Vabadussoja_Ajaloo_Komitee, lk 22
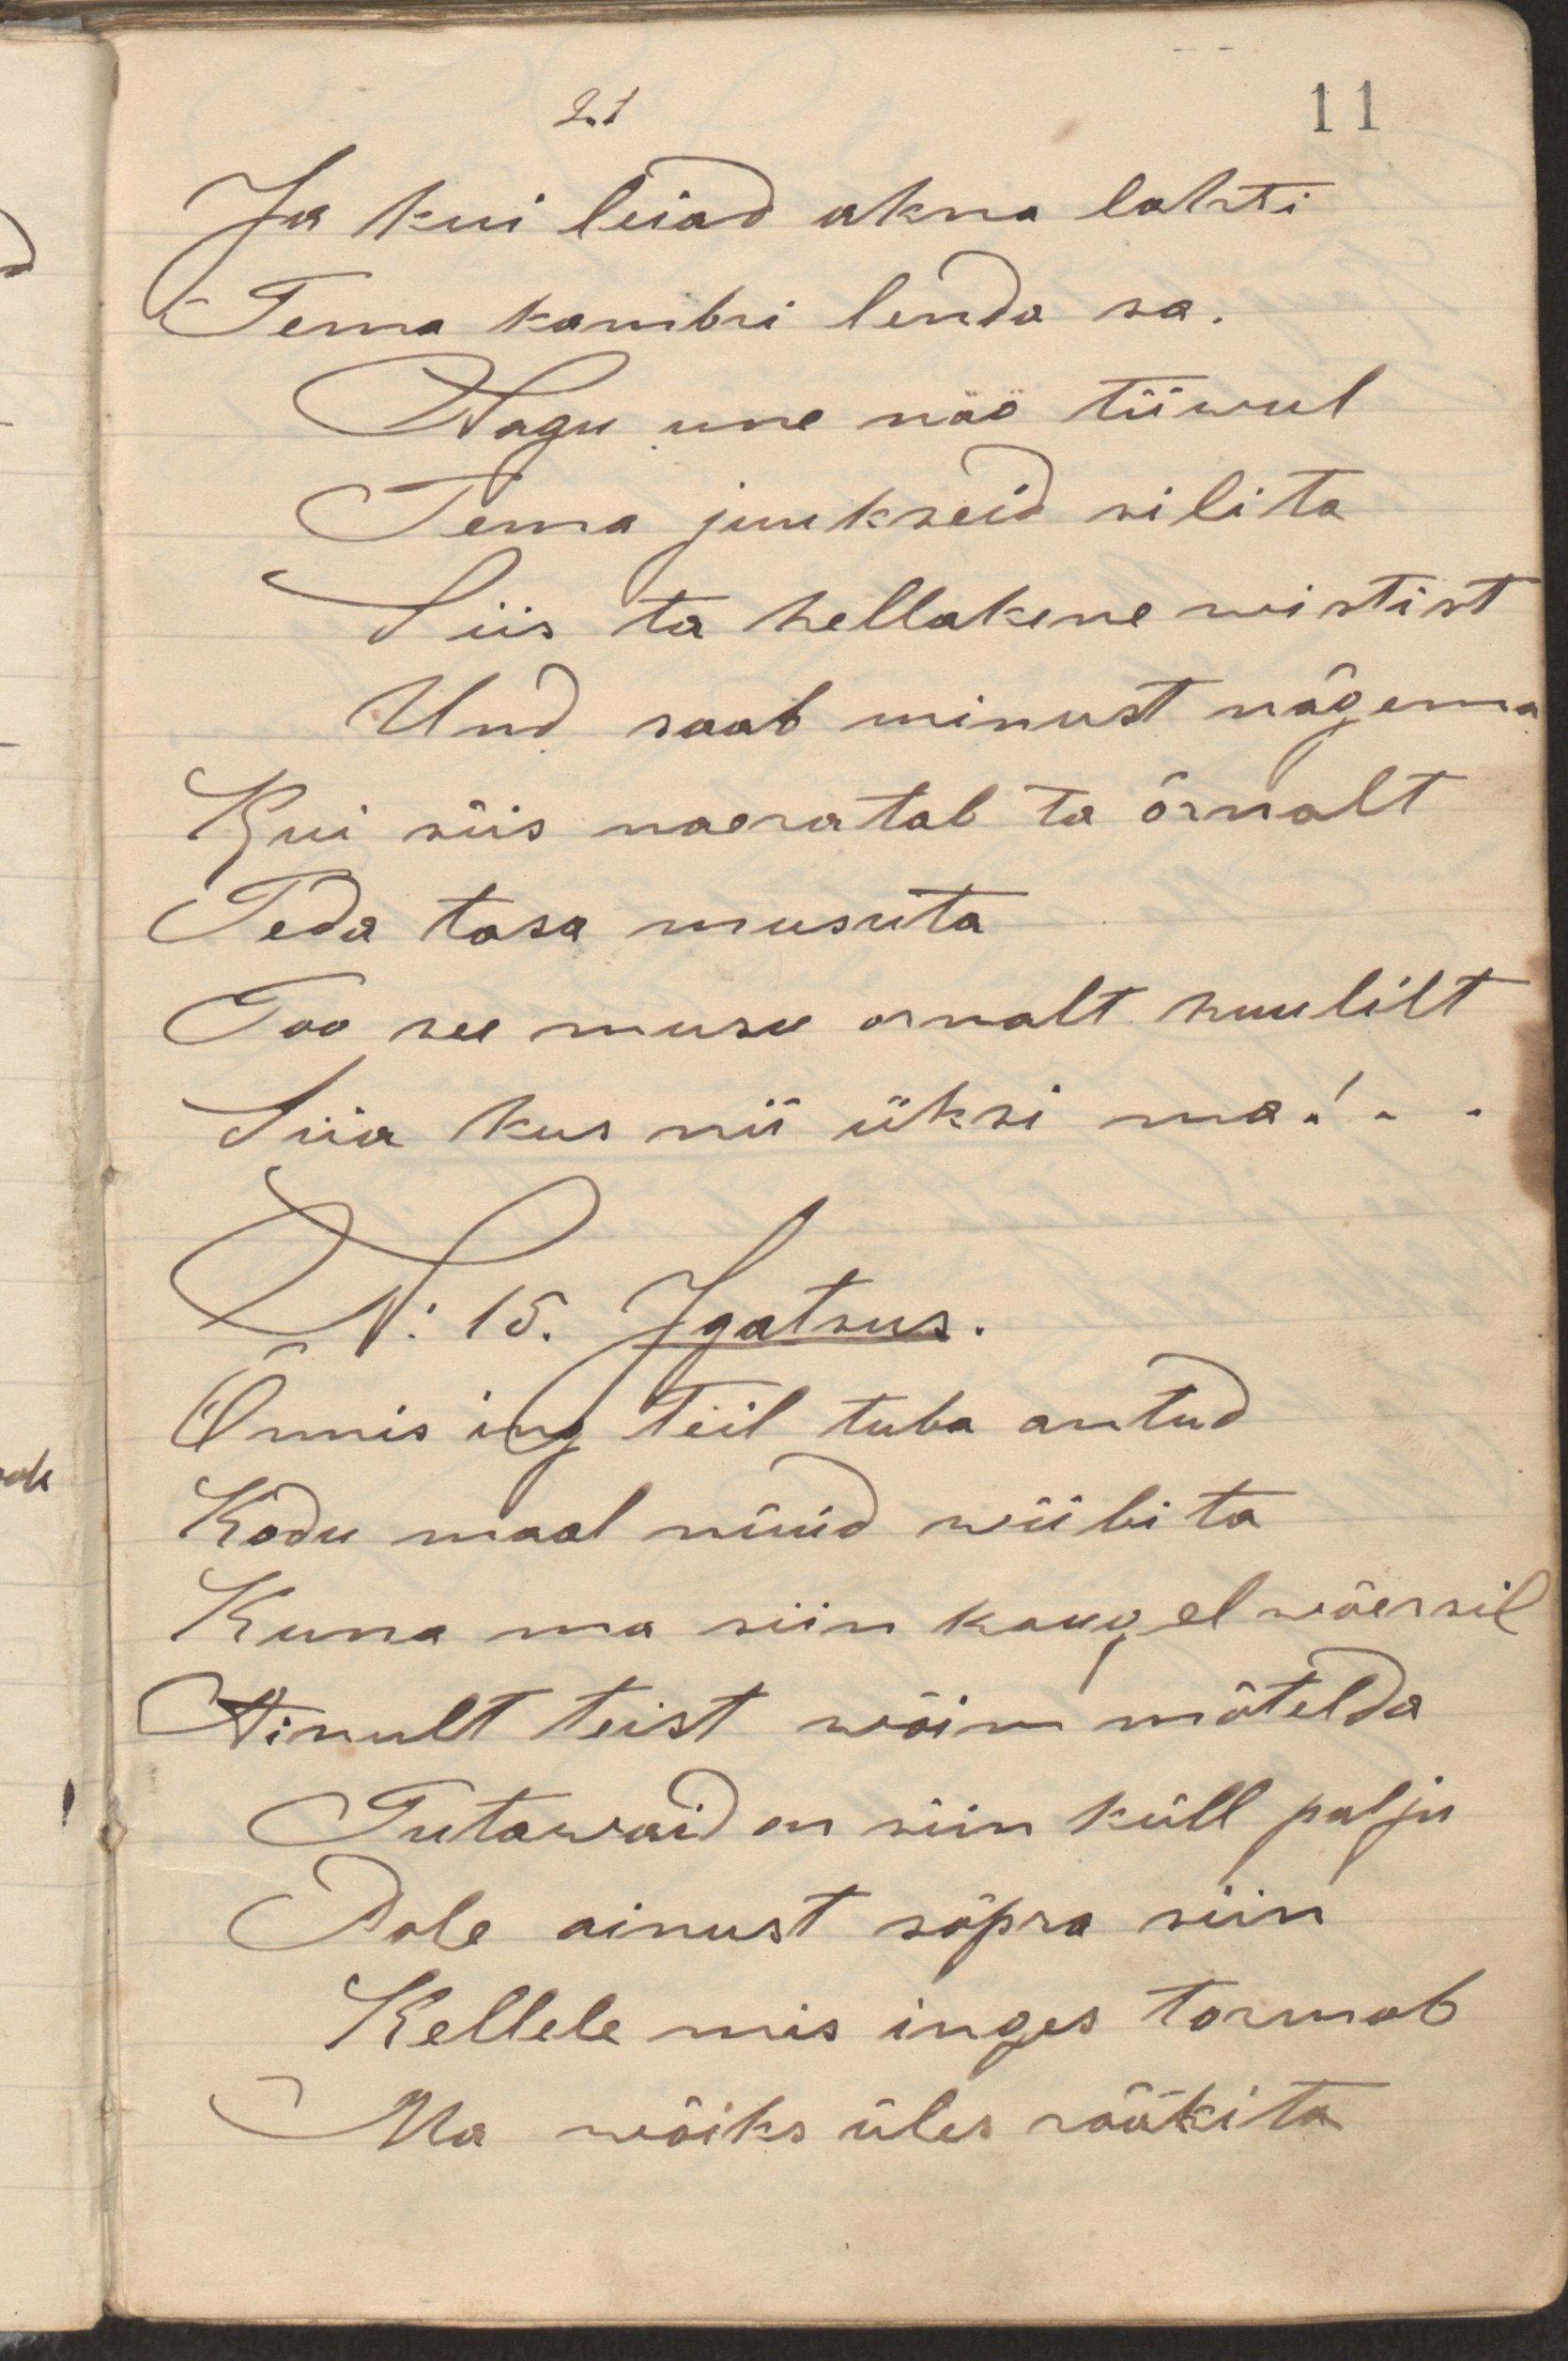
Ja kui leiad akna lahti
Tema kambri lenda sa.
Nagu une näo tiiwul
Tema juukseid silita
Siis ta hellakene wistist
Und saab minust nägema.
Kui siis naeratab ta õrnalt
Teda tasa musuta
Too su musu omalt huulilt
Siia kus nii üksi ma!
N: 15. Igatsus.
Õnnis ing teil tuba antud
Kodu maal nüüd wiibi ta
Kuna ma siin kaugel wõersil
Ainult teist wõin mõtleda
Tutawaid on siin küll palju
Pole ainust sõpra siin
Kellele mis inges tormab
Ma wõiks üles rääkita